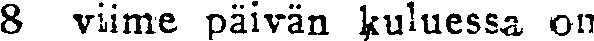
8 viime päivän kuluessa on